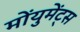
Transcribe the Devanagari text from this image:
मोंयुमेंट्स